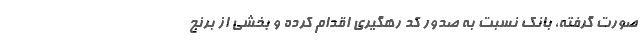
صورت گرفته، بانک نسبت به صدور کد رهگیری اقدام کرده و بخشی از برنج